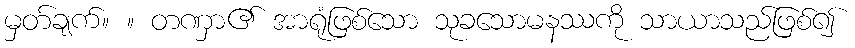
မှတ်ချက်။ ။ တဏှာ၏ အာရုံဖြစ်သော သုခသောမနဿကို သာယာသည်ဖြစ်၍